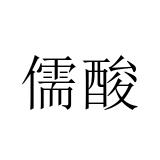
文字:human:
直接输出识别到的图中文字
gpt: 儒酸